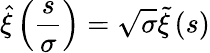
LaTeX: \hat{\xi}\left(\frac{s}{\sigma}\right)=\sqrt{\sigma}\tilde{\xi}\left(s\right)